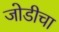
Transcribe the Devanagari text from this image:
जोडीचा